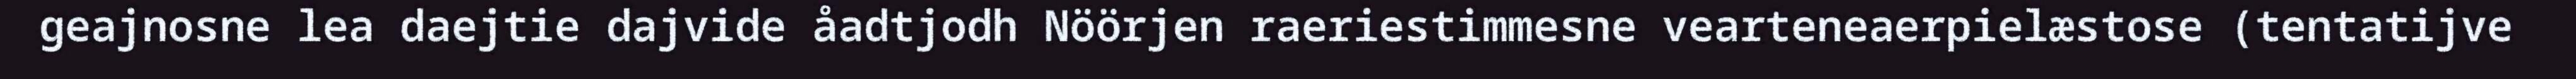
geajnosne lea daejtie dajvide åadtjodh Nöörjen raeriestimmesne vearteneaerpielæstose (tentatijve